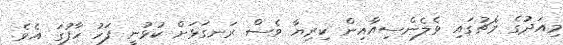
މިއަދުގެ މެޗުގައި ވެލެންސިއާއިން ކިރިޔާ ވެސް ރަނގަޅަށް ކުޅުނީ ފަހު ހާފުގަ އެވެ.